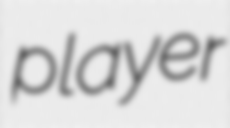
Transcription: player